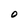
Character: o